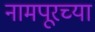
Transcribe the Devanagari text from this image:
नामपूरच्या